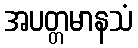
အပတ္တမာနသံ